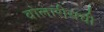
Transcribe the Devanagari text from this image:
वोलारीसची